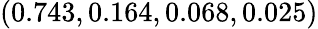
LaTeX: (0.743,0.164,0.068,0.025)